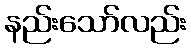
နည်းသော်လည်း